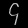
Digit: ၄